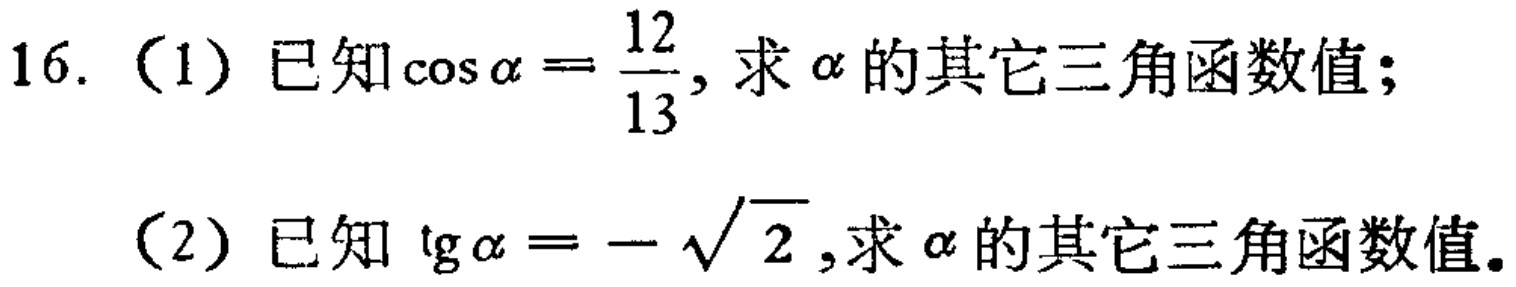
16.（1）已知\(\cos\alpha = \frac{12}{13}\), 求\(\alpha\)的其它三角函数值;
（2）已知\(\mathrm{tg}\alpha = -\sqrt{2}\), 求\(\alpha\)的其它三角函数值。